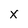
Character: x